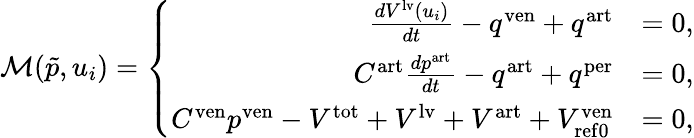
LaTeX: \mathcal{M}(\tilde{p},u_{i})=\left\{ \begin{array}{rl}{\frac{dV^{\mathrm{lv}}\left(u_{i}\right)}{dt}-q^{\mathrm{ven}}+q^{\mathrm{art}}}&{=0,}\\ {C^{\mathrm{art}}\frac{dp^{\mathrm{art}}}{dt}-q^{\mathrm{art}}+q^{\mathrm{per}}}&{=0,}\\ {C^{\mathrm{ven}}p^{\mathrm{ven}}-V^{\mathrm{tot}}+V^{\mathrm{lv}}+V^{\mathrm{art}}+V_{\mathrm{{ref0}}}^{\mathrm{ven}}}&{=0,}\end{array}\right.